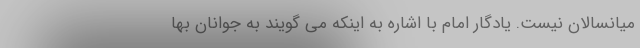
میانسالان نیست. یادگار امام با اشاره به اینکه می گویند به جوانان بها